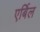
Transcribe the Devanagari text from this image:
एर्बिल